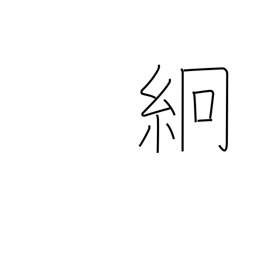
Meaning: thin silk